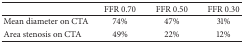
|  | FFR 0.70 | FFR 0.50 | FFR 0.30 |
 | --- | --- | --- | --- |
 | Mean diameter on CTA | 74% | 47% | 31% |
 | Area stenosis on CTA | 49% | 22% | 12% |